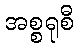
အစ္စရုစီ